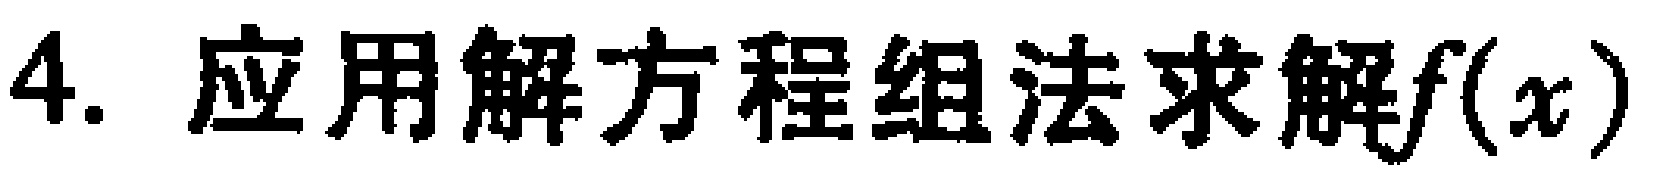
$4.\ 应用解方程组法求解f(x)$